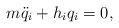
LaTeX: \begin{align*} m \ddot{q}_i + h_i q_i = 0 ,\end{align*}